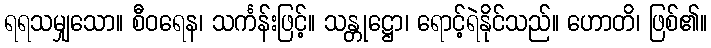
ရရသမျှသော။ စီဝရေန၊ သင်္ကန်းဖြင့်။ သန္တုဋ္ဌော၊ ရောင့်ရဲနိုင်သည်။ ဟောတိ၊ ဖြစ်၏။